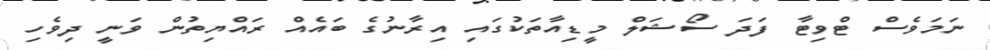
ނަމަވެސް ޓްވިޓާ ފަދަ ސޯޝަލް މީޑިއާތަކުގައި އިރާނުގެ ބައެއް ރައްޔިތުން ވަނީ ދިވެހި